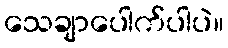
သေချာပေါက်ပါပဲ။